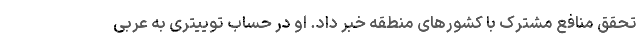
تحقق منافع مشترک با کشورهای منطقه خبر داد. او در حساب توییتری به عربی